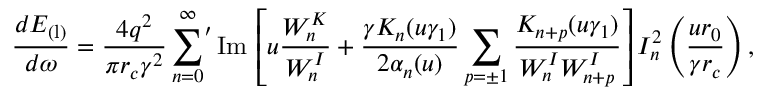
\frac { d E _ { \mathrm { ( l ) } } } { d \omega } = \frac { 4 q ^ { 2 } } { \pi r _ { c } \gamma ^ { 2 } } \sideset { } { ' } { \sum } _ { n = 0 } ^ { \infty } \mathrm { I m } \, \left[ u \frac { W _ { n } ^ { K } } { W _ { n } ^ { I } } + \frac { \gamma K _ { n } ( u \gamma _ { 1 } ) } { 2 \alpha _ { n } ( u ) } \sum _ { p = \pm 1 } \frac { K _ { n + p } ( u \gamma _ { 1 } ) } { W _ { n } ^ { I } W _ { n + p } ^ { I } } \right] I _ { n } ^ { 2 } \left( \frac { u r _ { 0 } } { \gamma r _ { c } } \right) ,